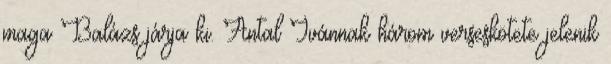
maga Balázs járja ki. Antal Ivánnak három verseskötete jelenik